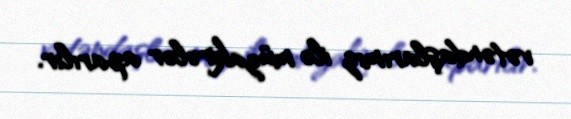
vətəndaşlarımız ilə müzakirələr aparılır.